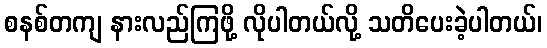
စနစ်တကျ နားလည်ကြဖို့ လိုပါတယ်လို့ သတိပေးခဲ့ပါတယ်၊